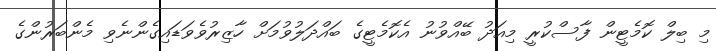
މި ބިލް ކޮމެޓީން ފާސްކުރީ މިއަދު ބޭއްވުނު އެކޮމެޓީގެ ބައްދަލުވުމަށް ހާޒިރުވެވަޑައިގެންނެވި މެންބަރުންގެ